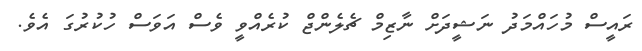
ރައީސް މުހައްމަދު ނަޝީދަށް ނާޒިމް ޗެލެންޖް ކުރެއްވީ ވެސް އަވަސް ހުކުރުގަ އެވެ.